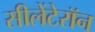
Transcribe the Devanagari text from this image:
सीलेंटेरॉन